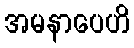
အမနာပေဟိ